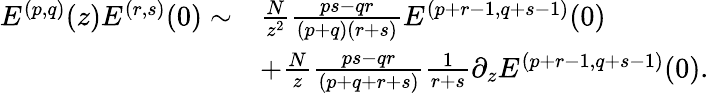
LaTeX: \begin{array}{rl}{E^{(p,q)}(z)E^{(r,s)}(0)\sim}&{\frac{N}{z^{2}}\frac{ps-qr}{(p+q)(r+s)}E^{(p+r-1,q+s-1)}(0)}\\ &{+\frac{N}{z}\frac{ps-qr}{(p+q+r+s)}\frac{1}{r+s}\partial_{z}E^{(p+r-1,q+s-1)}(0).}\end{array}